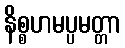
နိစ္စဟမပ္ပမတ္တာ